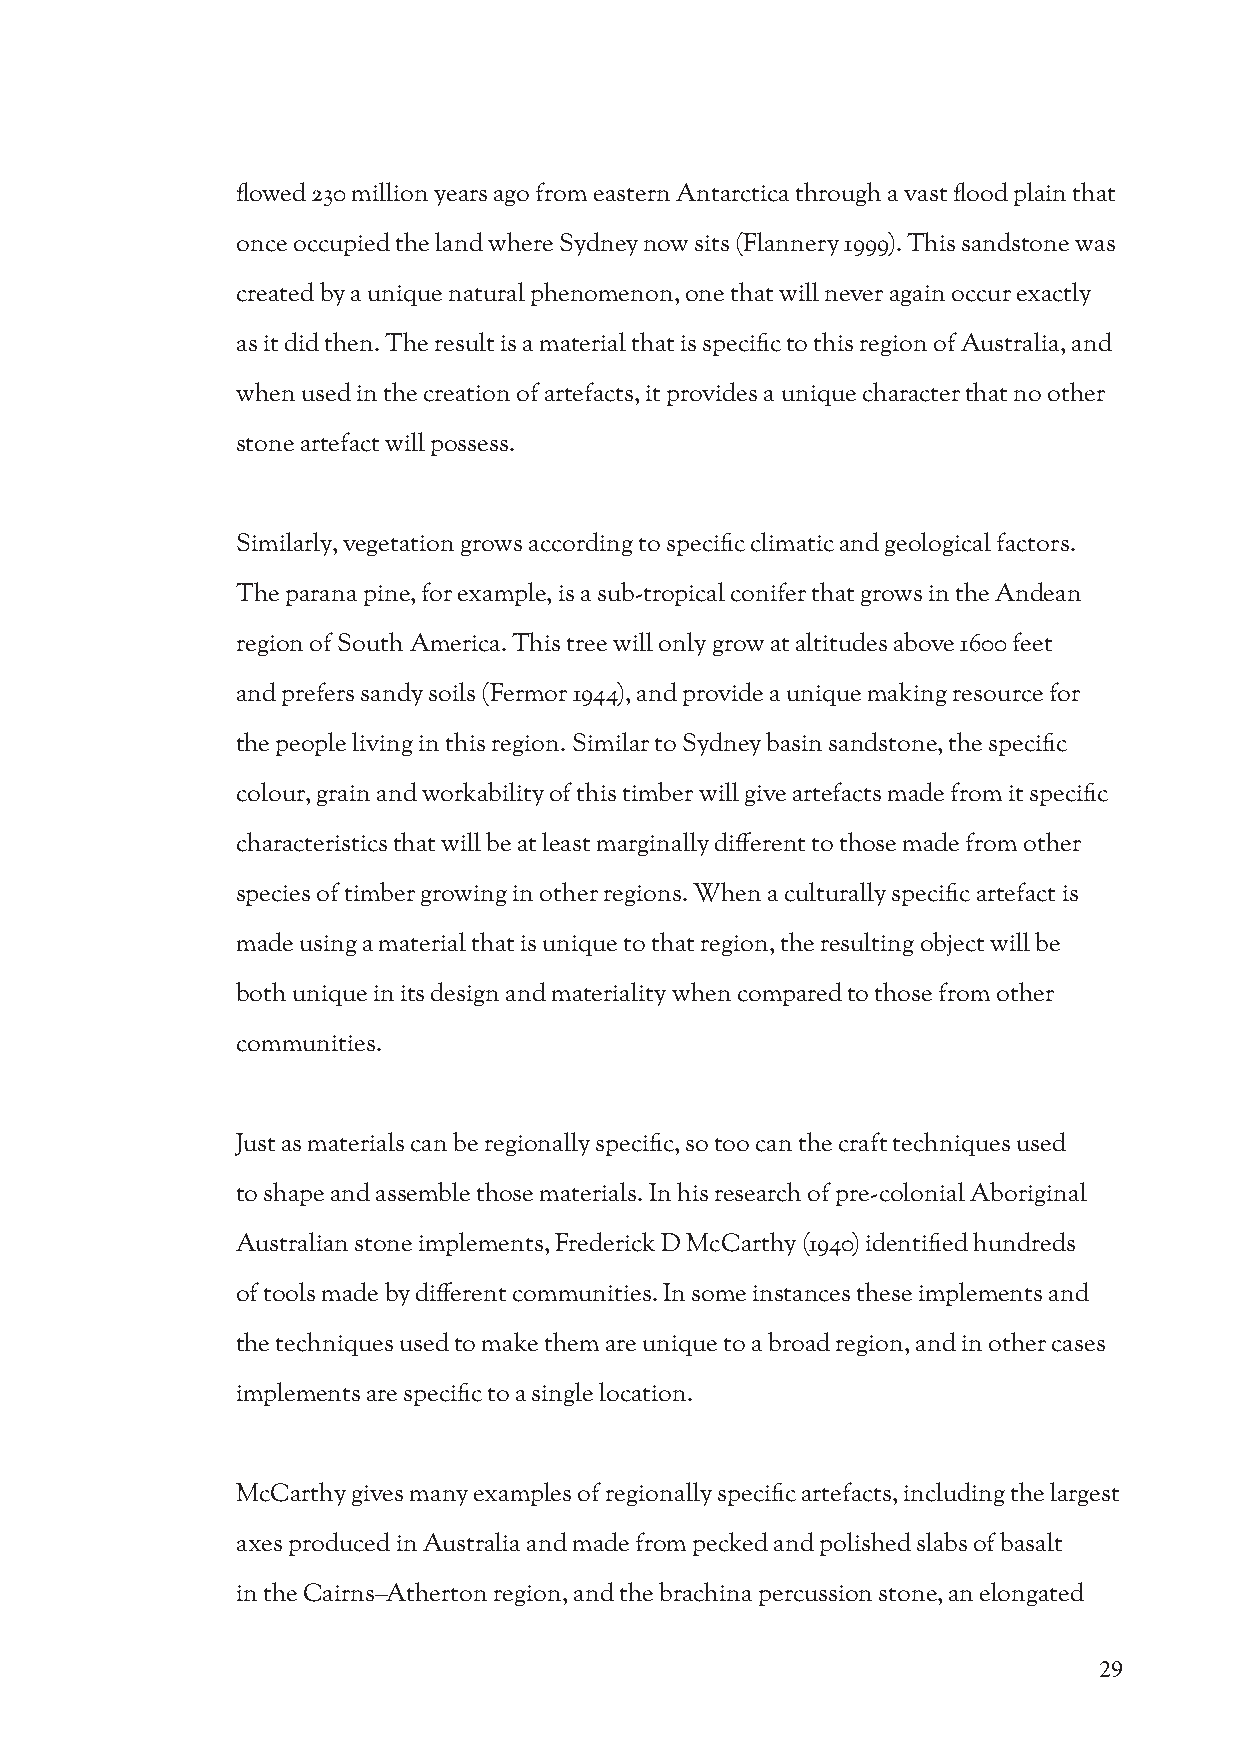
flowed 230 million years ago from eastern Antarctica through a vast flood plain that
 once occupied the land where Sydney now sits (Flannery 1999). This sandstone was
 created by a unique natural phenomenon, one that will never again occur exactly
 as it did then. The result is a material that is specific to this region of Australia, and
 when used in the creation of artefacts, it provides a unique character that no other
 stone artefact will possess.
 Similarly, vegetation grows according to specific climatic and geological factors.
 The parana pine, for example, is a sub-tropical conifer that grows in the Andean
 region of South America. This tree will only grow at altitudes above 1600 feet
 and prefers sandy soils (Fermor 1944), and provide a unique making resource for
 the people living in this region. Similar to Sydney basin sandstone, the specific
 colour, grain and workability of this timber will give artefacts made from it specific
 characteristics that will be at least marginally different to those made from other
 species of timber growing in other regions. When a culturally specific artefact is
 made using a material that is unique to that region, the resulting object will be
 both unique in its design and materiality when compared to those from other
 communities.
 Just as materials can be regionally specific, so too can the craft techniques used
 to shape and assemble those materials. In his research of pre-colonial Aboriginal
 Australian stone implements, Frederick D McCarthy (1940) identified hundreds
 of tools made by different communities. In some instances these implements and
 the techniques used to make them are unique to a broad region, and in other cases
 implements are specific to a single location.
 McCarthy gives many examples of regionally specific artefacts, including the largest
 axes produced in Australia and made from pecked and polished slabs of basalt
 in the Cairns–Atherton region, and the brachina percussion stone, an elongated
 29